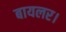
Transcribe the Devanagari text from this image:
बायलर।